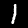
Label: 1